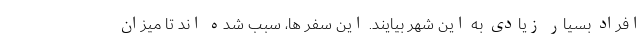
افراد بسیار زیادی به این شهر بیایند. این سفر ها، سبب شده اند تا میزان